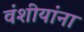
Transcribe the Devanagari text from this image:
वंशीयांना